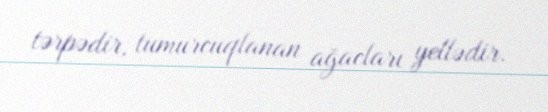
tərpədir, tumurcuqlanan ağacları yellədir.